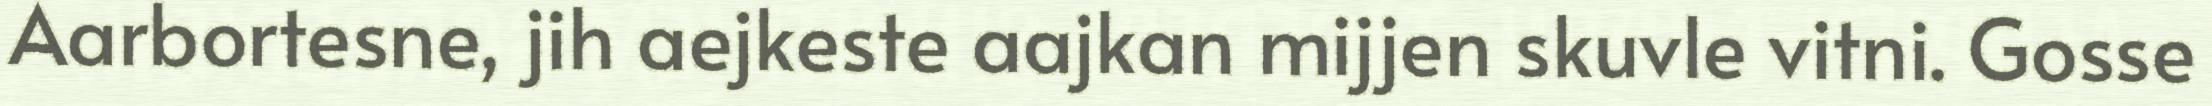
Aarbortesne, jih aejkeste aajkan mijjen skuvle vitni. Gosse